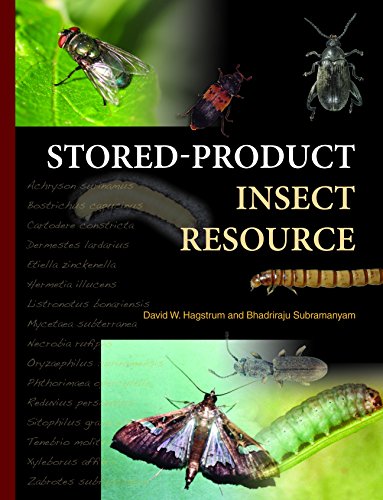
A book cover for Stored-Product Insect Resource; David W. Hagstrum; Science & Math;